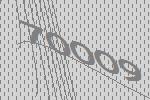
70009